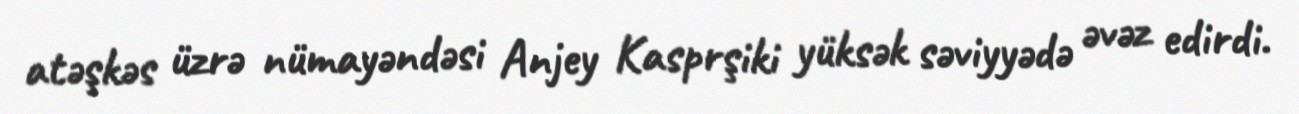
atəşkəs üzrə nümayəndəsi Anjey Kasprşiki yüksək səviyyədə əvəz edirdi.